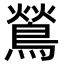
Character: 鶑